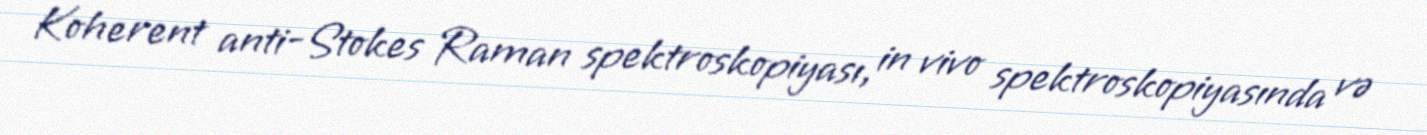
Koherent anti-Stokes Raman spektroskopiyası, in vivo spektroskopiyasında və